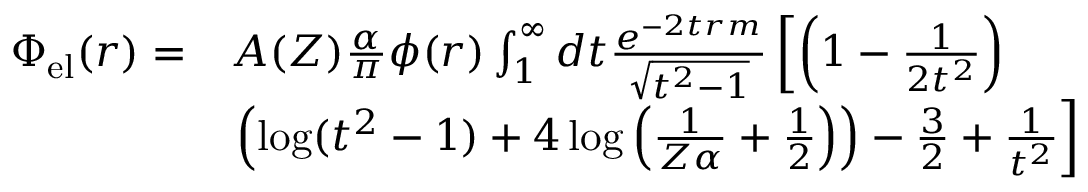
\begin{array} { r l } { \Phi _ { \mathrm { e l } } ( r ) = } & { A ( Z ) \frac { \alpha } { \pi } \phi ( r ) \int _ { 1 } ^ { \infty } d t \frac { e ^ { - 2 t r m } } { \sqrt { t ^ { 2 } - 1 } } \left[ \left( 1 - \frac { 1 } { 2 t ^ { 2 } } \right) \right. } \\ & { \left. \left( \log ( t ^ { 2 } - 1 ) + 4 \log \left( \frac { 1 } { Z \alpha } + \frac { 1 } { 2 } \right) \right) - \frac { 3 } { 2 } + \frac { 1 } { t ^ { 2 } } \right] } \end{array}